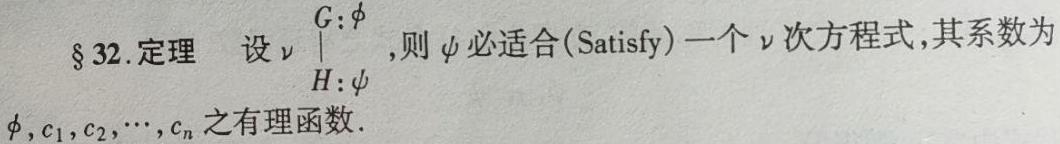
§32.定理 设$\begin{array}{c}G:\phi\\H:\psi\end{array}$,则$\psi$必适合(Satisfy)一个$\nu$次方程式,其系数为$\phi,c_1,c_2,\cdots,c_n$之有理函数.